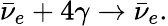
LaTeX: \bar{\nu}_{e}+4\gamma\rightarrow\bar{\nu}_{e}.